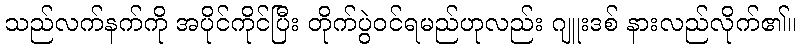
သည်လက်နက်ကို အပိုင်ကိုင်ပြီး တိုက်ပွဲဝင်ရမည်ဟုလည်း ဂျူးဒစ် နားလည်လိုက်၏။